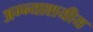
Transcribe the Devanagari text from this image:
अग्न्याशयीय